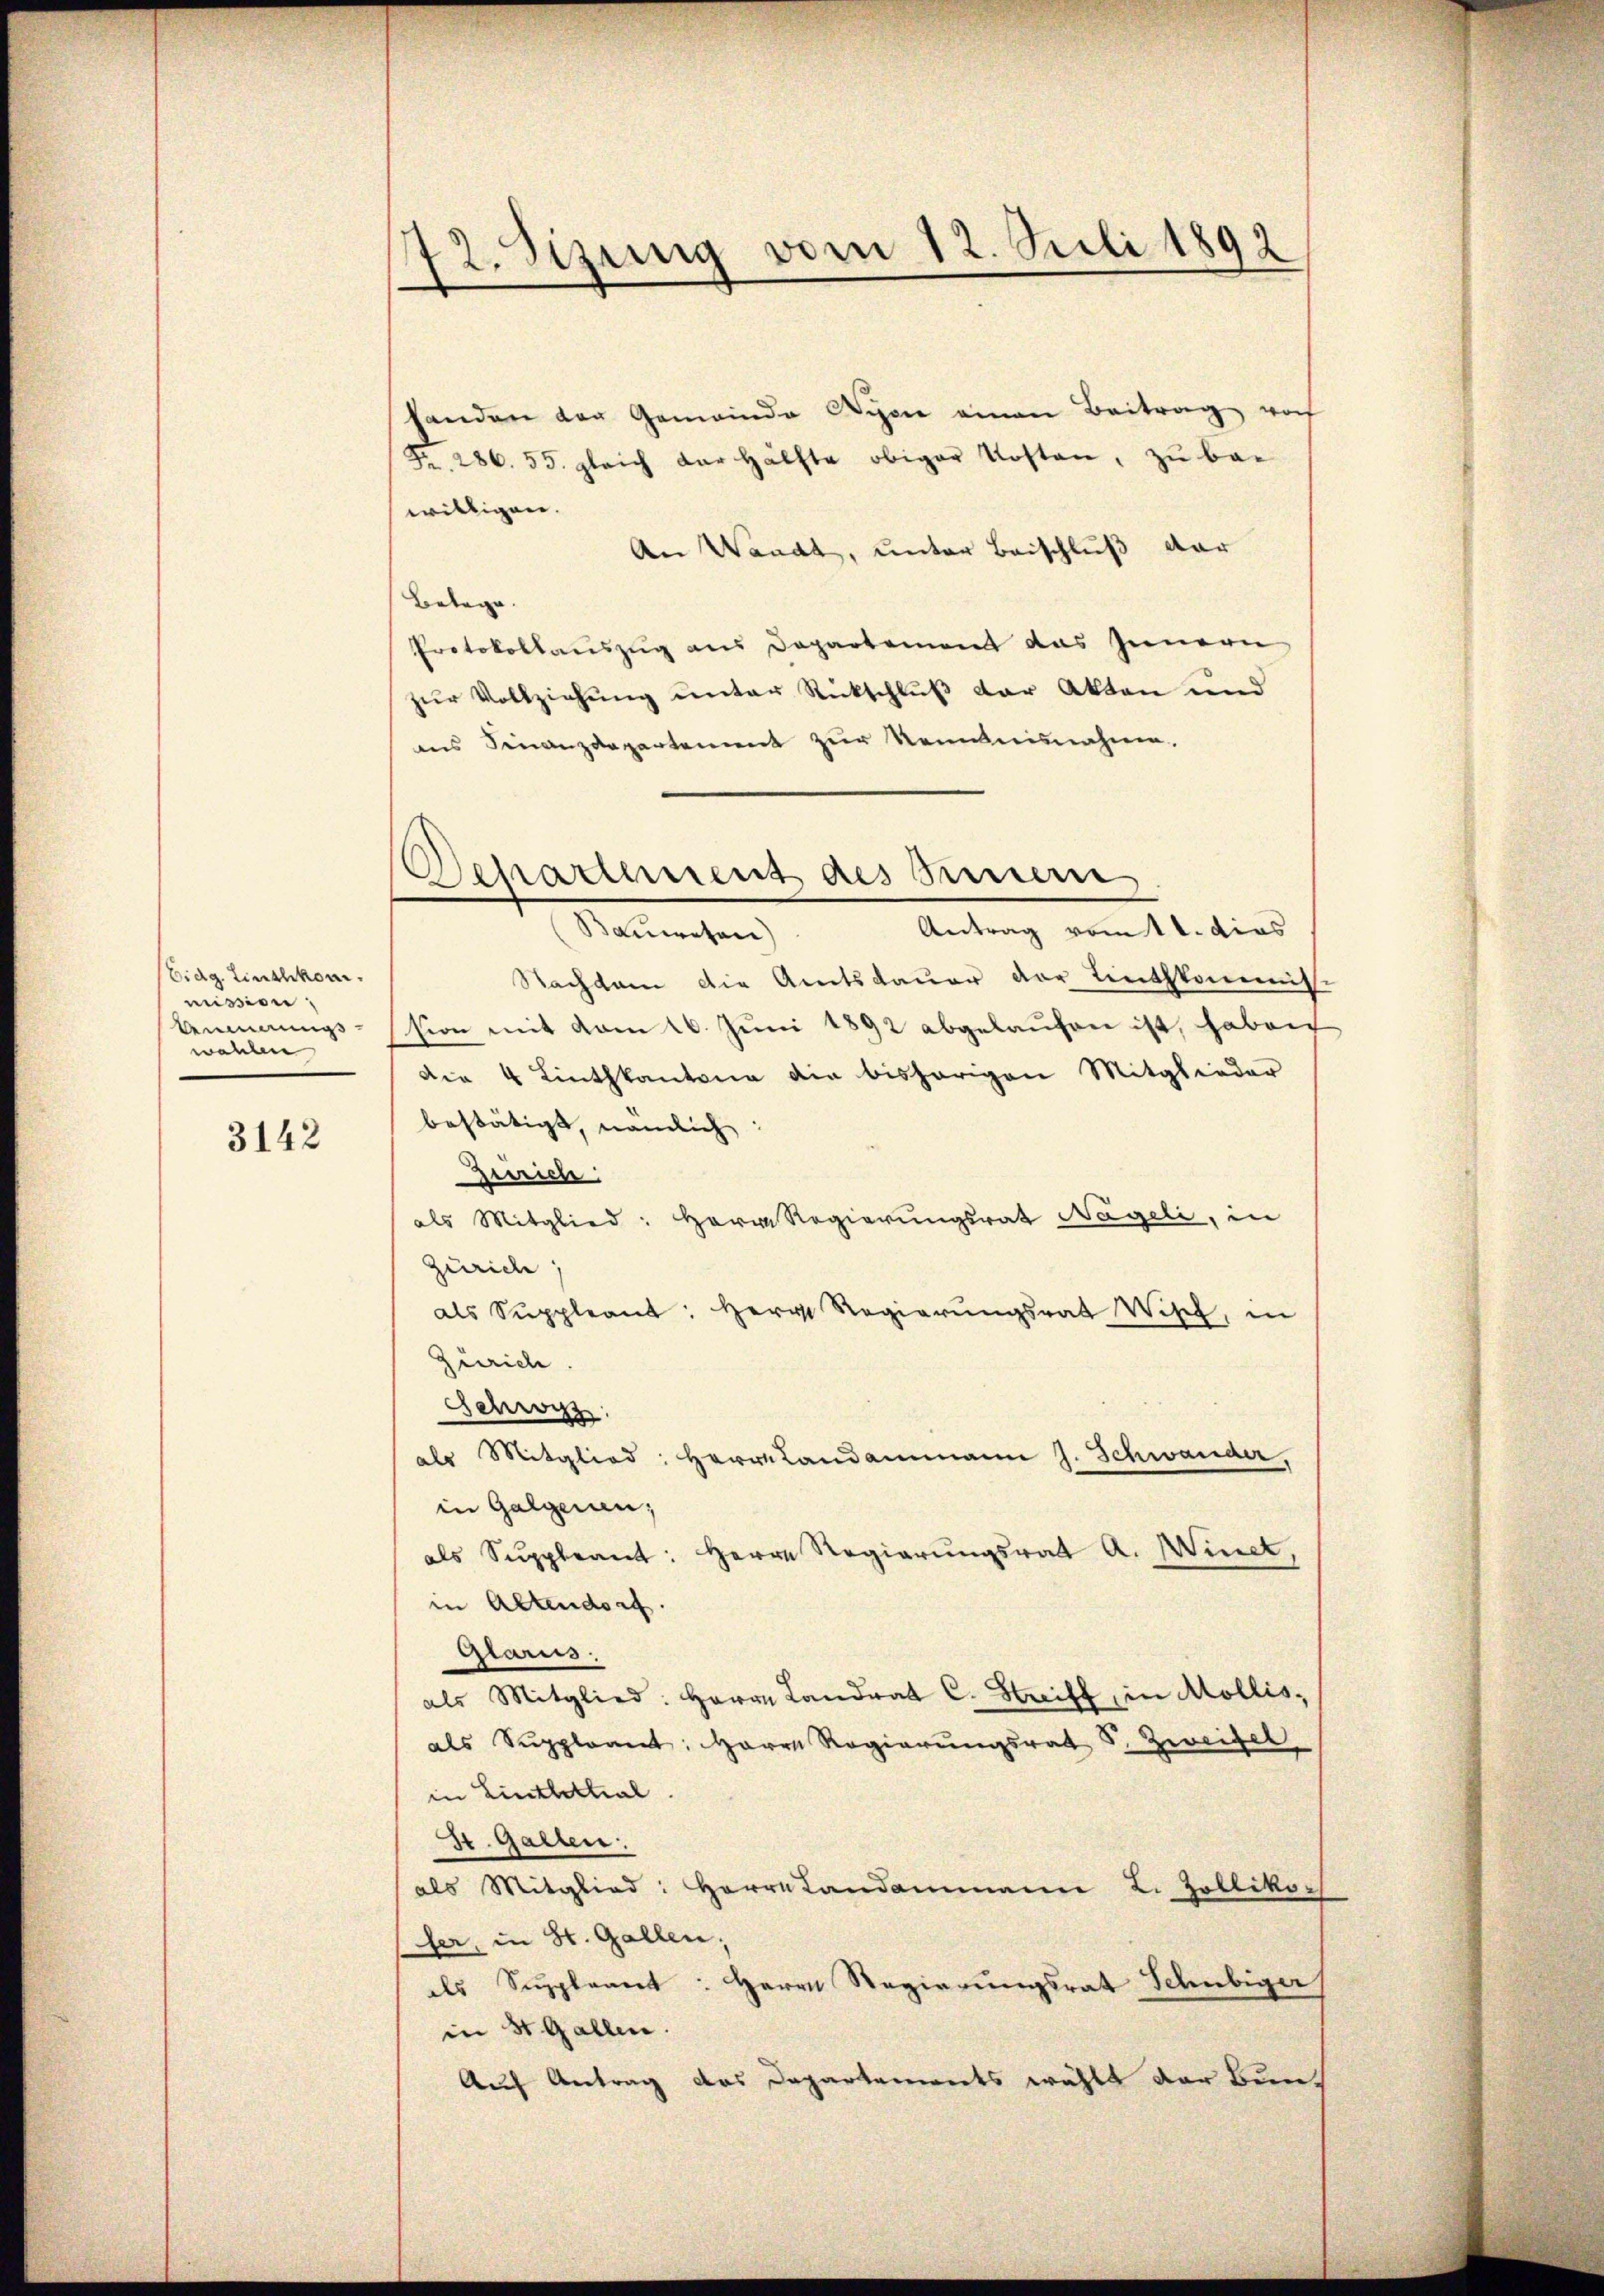
Eidg. Linthkom
mission
bemus
wahlen

3142

72. Sizung vom 12. Juli 1892

handen der Gemeinde Nyon einen Beitrag, woch
Fr. 286. 55. gleich der Hälfte obiger Kosten, zu be-
willigen.
An Waadt, unter Beischluß dar
Bontage.
Protokollauszug aus Departement das Innern
zur Vollziehung unter Rückschluß der Akten und
ins Finanzdepartement zur Kenntnisnahme.
Antrag vom 11. dies
Bauwesen)
Nachdem die Amtsdauer der Linthkommiss
sion mit vom 16. Juni 1892 abgelaufen ist, haben
die 4 Linthkantone die bisherigen Mitglieder
bestätigt, nämlich
Zürich:
als Mitglied: Herrn Regierungsrat Nageli, in
Zürich
als Suppleant: Herr Regierŭngsrat Wipf, in
Zürich.
Schwyz:
als Mitglied
Herrn Landammann J. Schwander,
in Galgen;
als Suppleant: Herrn Regierŭngsrat A. Minet,
in Altendorf.
Glarus.
als Mitglied: Herrn Landrat C. Striff in Mollis,
als Suppleant: Herr Regierŭngsrat S. Zweifel.
in Linthettial
St. Gallen:
als Mitglied: Herrn Landammann L. Zolliko
fer, in St. Gallen;
als Suppleant: Herrn Regierungsrat Schubiger
in St. Gallen.
Auch Antrag das Departements wählt der Bun¬

Departement des Sinnern